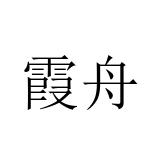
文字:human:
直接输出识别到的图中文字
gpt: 霞舟